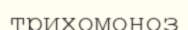
трихомоноз